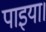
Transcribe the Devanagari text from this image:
पाइया।